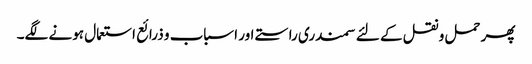
پھر حمل و نقل کے لئے سمندری راستے اور اسباب و ذرائع استعمال ہونے لگے۔